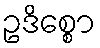
ဥဒိစ္စော